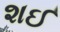
શઈ